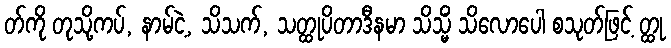
တ်ကို တုသို့ကပ်, နာမ်ငဲ့, သိသက်, သတ္ထုပိတာဒီနမာ သိသ္မိံ သိလောပေါ စသုတ်ဖြင့် တ္ထု